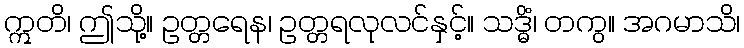
ဣတိ၊ ဤသို့။ ဥတ္တရေန၊ ဥတ္တရလုလင်နှင့်။ သဒ္ဓိံ၊ တကွ။ အဂမာသိ၊